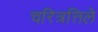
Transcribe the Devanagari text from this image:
चरित्रत्तिले